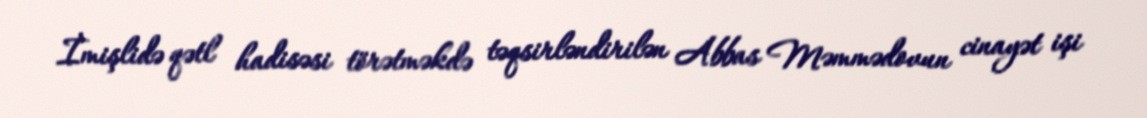
İmişlidə qətl hadisəsi törətməkdə təqsirləndirilən Abbas Məmmədovun cinayət işi